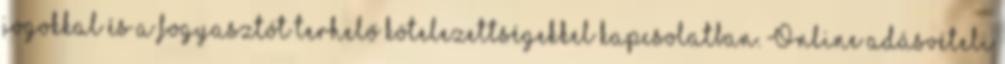
jogokkal és a fogyasztót terhelő kötelezettségekkel kapcsolatban. Online adásvételi